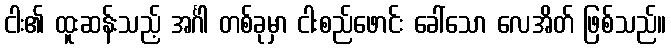
ငါး၏ ထူးဆန်းသည့် အင်္ဂါ တစ်ခုမှာ ငါးစည်ဖောင်း ခေါ်သော လေအိတ် ဖြစ်သည်။